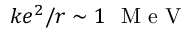
k e ^ { 2 } / r \sim 1 ~ \mathrm { ~ M ~ e ~ V ~ }